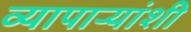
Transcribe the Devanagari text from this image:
व्यापार्‍यांशी